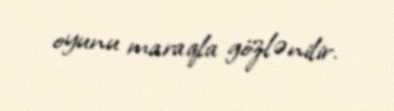
oyunu maraqla gözlənilir.